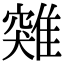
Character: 𩀆